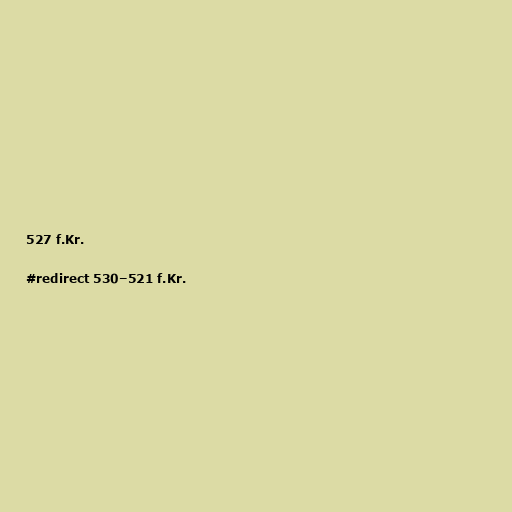
527 f.Kr.

#redirect 530–521 f.Kr.